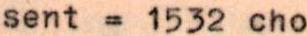
sent = 1532 cho